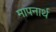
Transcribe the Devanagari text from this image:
मापनार्थ